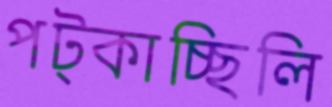
পট্‌কাচ্ছিলি